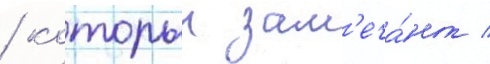
/ которыи зам'еча́ет /